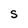
Character: S